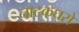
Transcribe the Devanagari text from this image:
नाटकघरों